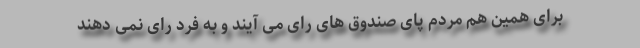
برای همین هم مردم پای صندوق های رای می آیند و به فرد رای نمی دهند